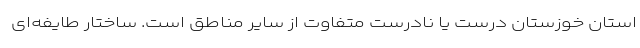
استان خوزستان درست یا نادرست متفاوت از سایر مناطق است. ساختار طایفه‌ای